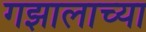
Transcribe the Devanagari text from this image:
गझालाच्या